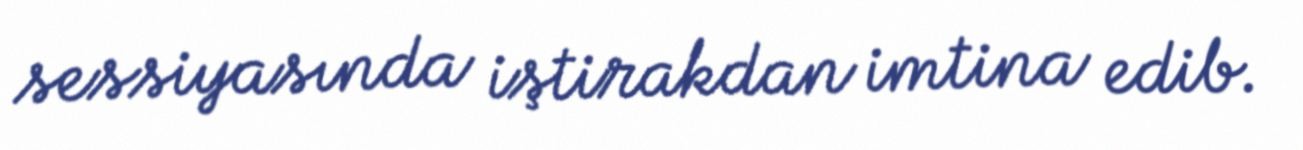
sessiyasında iştirakdan imtina edib.